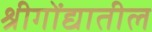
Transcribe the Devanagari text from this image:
श्रीगोंद्यातील